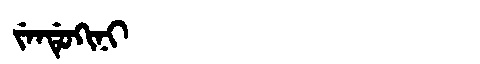
Manchu: ᠵᡝᠨᡩᡠᡴᡳᠨᡳ
Romanization: JENDUKINI